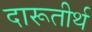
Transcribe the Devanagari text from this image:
दारूतीर्थ